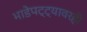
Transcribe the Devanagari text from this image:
भाडेपट्ट्यावरही